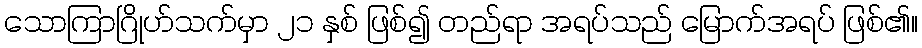
သောကြာဂြိုဟ်သက်မှာ ၂၁ နှစ် ဖြစ်၍ တည်ရာ အရပ်သည် မြောက်အရပ် ဖြစ်၏။